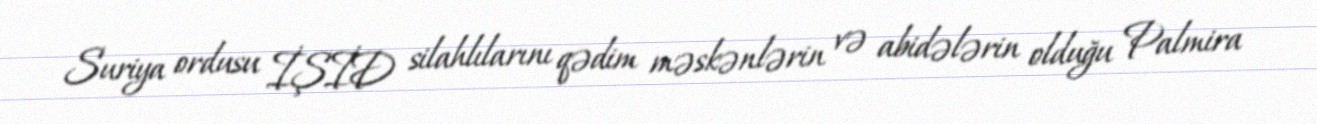
Suriya ordusu İŞİD silahlılarını qədim məskənlərin və abidələrin olduğu Palmira